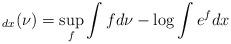
LaTeX: \begin{align*}_{dx} (\nu) = \sup_f \int f d \nu - \log \int e^f dx\end{align*}